Vital statistics of India. Vol. IV, Annual returns from 1871 to 1876. British Army of India, Native Army and jails of Bengal
Year: 1871
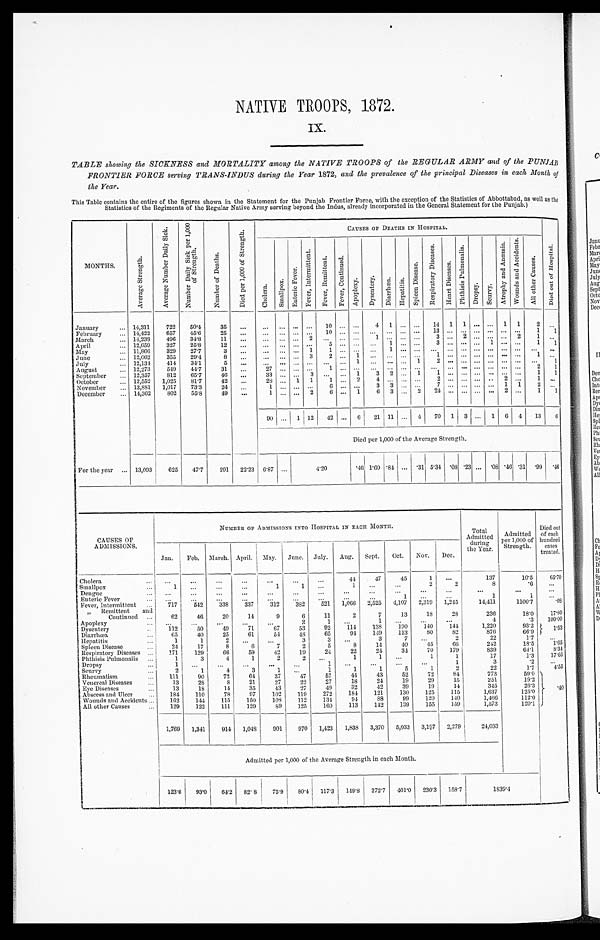
NATIVE TROOPS, 1872.
IX.
TABLE showing the SICKNESS and MORTALITY among the NATIVE TROOPS of the REGULAR ARMY and of the PUNJAB
FRONTIER FORCE serving TRANS-INDUS during the Year 1872, and the prevalence of the principal Diseases in each Month of
the Year.
This Table contains the entire of the figures shown in the Statement for the Punjab Frontier Force, with the exception of the Statistics of Abbottabad, as well as the
Statistics of the Regiments of the Regular Native Army serving beyond the Indus, already incorporated in the General Statement for the Punjab.)
MONTHS.
A v e r a g e S t r e n g t h .
A v e r a g e N u m b e r D a i l y S i c k .
N u m b e r D a i l y S i c k p e r 1 , 0 0 0 o f S t r e n g t h .
N u m b e r o f D e a t h s .
D i e d p e r 1 , 0 0 0 o f S t r e n g t h .
C A U S E S O F D E A T H S I N H O S P I T A L .
D i e d o u t o f H o s p i t a l .
C h o l e r a .
S m a l l p o x .
E n t e r i c F e v e r .
F e v e r , I n t e r m i t t e n t .
F e v e r , R e m i t t e n t . F e v e r , C o n t i n u e d .
A p o p l e x y . D y s e n t e r y . D i a r r h œ a . H e p a t i t i s .
S p l e e n D i s e a s e .
R e s p i r a t o r y D i s e a s e s .
H e a r t D i s e a s e s .
P h t h i s i s P u l m o n a l i s .
D r o p s y .
S c u r v y .
A t r o p h y a n d A n æ m i a . W o u n d s a n d A c c i d e n t s .
A l l o t h e r C a u s e s .
January. . .
14,311 722 50.4 35
. . .
. . . . . . . . . . . . 10
. . . . . . 4 1 . . . . . . 14 1 1 . . . . . . 1 1 2 . . .
February . . . 14,422 657 45.6 25
. . . . . . . . . . . . . . . 10 . . . . . .
. . . . . . . . .
. . . 13 . . . . . . . . . . . .
. . .. . . 1 1
March . . .
14,238 496 34.8
11
. . .
. . . . . . . . . . 2 . . . . . . . . .
1 . . . . . .
. . .
3 . . . 2 . . . . . .
. . . 2 1
. . .
April . . .
12,659 327 25.8
12
. . .
. . . . . . . . . . . . 5 . . . . . .
. . . 1 . . .
. . . 3 . . . . . . . . . 1 . . . . . . 1 1
May . . .
11,866 329 27.7
3 . . . . . . . . . . . . 1 1 . . . . . .
. . . 1 . . .
. . .
. . . . . . . . . . . . . . . . . . . . .
. . . . . .
June. . .
12,062 355 29.4
8
. . .
. . . . . . . . . 3 2 . . . 1
. . . . . . . . .
. . . 1 . . . . . . . . . . . . . . . . . . 1 . . .
July . . .
12,134 414 34.1
5
. . .
. . . . . . . . . . . . . . . . . . 1
. . . . . . . . . 1
2 . . . . . . . . . . . .
. . .. . .
. . . 1
August . . . 12,273 549 44.7 31
. . . 27 . . . . . . . . . 1 . . . . . . . . . . . . . . .
. . .
. . . . . . . . . . . . . . .
. . .. . . 2 1
September . . . 12,357 812 65.7 46
. . . 33 . . . . . . 3
. . . . . . 1 3 2 . . . 1
1 . . . . . . . . . . . .
. . .. . . 1 1
October. . .
12,552 1,025 81.7
42
. . . 28 . . . 1 1 1 . . . 2
4 . . . . . .
. . .
2 . . . . . . . . . . . .
2 . . .
1 . . .
November . . . 13,881 1,017 73.3 24
. . . 1 . . . . . . . . . 6 . . . . . . 3 3 . . . . . .
7 . . . . . . . . . . . .
1 1
2 . . .
December. . . 14,362 802 55.8 49
. . .
1 . . . . . . 2
6 . . . 1
6 3 . . .
2
2 4 . . . . . . . . . . . .
2 . . . 1
1
90 . . . 1 12 42 . . . 6 21 11 . . . 4 70 1 3 . . . 1 6 4 13 6
Died per 1,000 of the Average Strength.
For the year . . . 13,093 625 47.7 291 22.23 6.87 . . .
4.20
.46 1.60 .84 . . . .31 5.34 . 08 . 2 3 . . . . 0 8 .46 . 3 1
. 9 9 . 4 6
CAUSES OF
ADMISSIONS.
NUMBER OF ADMISSIONS INTO HOSPITAL IN EACH MONTH.
Total
Admitted
druing
the Year.
Admitted
per 1,000 of
Strength.
Died out
of each
hundred cases
treated.
Jan. Feb. March. April. May. June. July. Aug. Sept. Oct. Nov. Dec.
Cholera . . .
. . .
. . .
. . .
. . . . . .
. . .
. . . 44
47
45
1
. . .
137
10.5 65.70
Smallpox . . .
. . .
1
. . .
. . .
1
1 . . .
1
. . .
. . .
2
2
8
. 6
. . .
Dengue . . .
. . .
. . . . . .
. . . . . .
. . .
. . .
. . .
. . . . . .
. . .
. . .
. . .
. . .
. . .
Enteric Fever . . .
. . .
. . . . . .
. . .
. . .
. . .
. . .
. . .
. . .
. . . 1
. . .
. . .
1
1. . .
Fever, Intermittent . . . 717 542 338 337 312 382 521 1,066
2 , 5 2 5 4,107 2,319 1,245
14,411
1100.7
. 0 8
" Remittent and
Cont i nued . . .
62
46 20
14
9
6
11
2
7
13
18
28
236
18.0 17.80
Apoplexy. . .
. . .
. . . . . .
. . .
. . .
2
1
. . .
1
. . . . . .
. . .
4
.3 100.00
Dysentery . . .
112
50
49
71
67
53
92 114 138 190 140 144
1,220
93.2
1.53
Diarrhœa . . .
65
40
25
61
54
48 65
94 149 113
8 0 82
876
66.9
H e p a t i t i s . . .
1
1
2
. . . . . .
3
3
. . .
3
7
. . .
2
22
1.7
. . .
Spleen Disease . . .
2 4 17
8
6
7
2
5
8
14
40
45
66
242
18.5
1.65
Respiratory Diseases . . .
171 129
66
59
42
19
24
22
24 34 70 179
839
64.1
8.34
Phthisis Pulmonalis . . .
1
3
4
1
2
2
. . . 1
1
. . .
1
1
17
1.3 17.65
Dropsy . . .
1
. . . . . .
. . . . . .
. . .
1
. . . . . .
. . .
. . .
1
3
. 2
. . .
Scurvy . . .
2
1
4
3
1
. . .
1
1
1
5
1
2
22
1.7
4.55
Rheumatism . . .
111
90
72
64 37
47 57
44
43
52
72
84
773
59.0
. 40
Venereal Diseases . . .
13
28
8 21
27
22
27
18 24
19
29
15
251
19.2
Eye Diseases. . .
13
18
14
35
43
27
49
32
42
39
19
14
345
26.3
Abscess and Ulcer . . . 184 110
78
97 102 119 272 184 121 130 125 115
1,637
125.0
Wounds and Accidents . . . 162 144 115 150 108 112 134 94
88
99 120 140
1,466
112.0
All other Causes . . .
129 122 111 129 89 125 160 113 142 139 155 159
1,573
120.1
1,769 1,341 914 1,048 901 970 1,423 1,838 3,370 5,033 3,197 2,279
24,083
Admitted per 1,000 of the Average Strength in each Month.
123.6 93.0 64.2 82.8 75.9 80.4
1 1 7 . 3
149.8 272.7 401.0 230.3 158.7
1 8 3 9 . 4